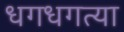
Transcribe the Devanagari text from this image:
धगधगत्या